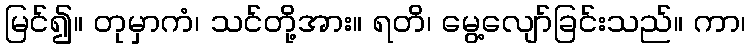
မြင်၍။ တုမှာကံ၊ သင်တို့အား။ ရတိ၊ မွေ့လျော်ခြင်းသည်။ ကာ၊